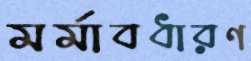
মর্মাবধারণ